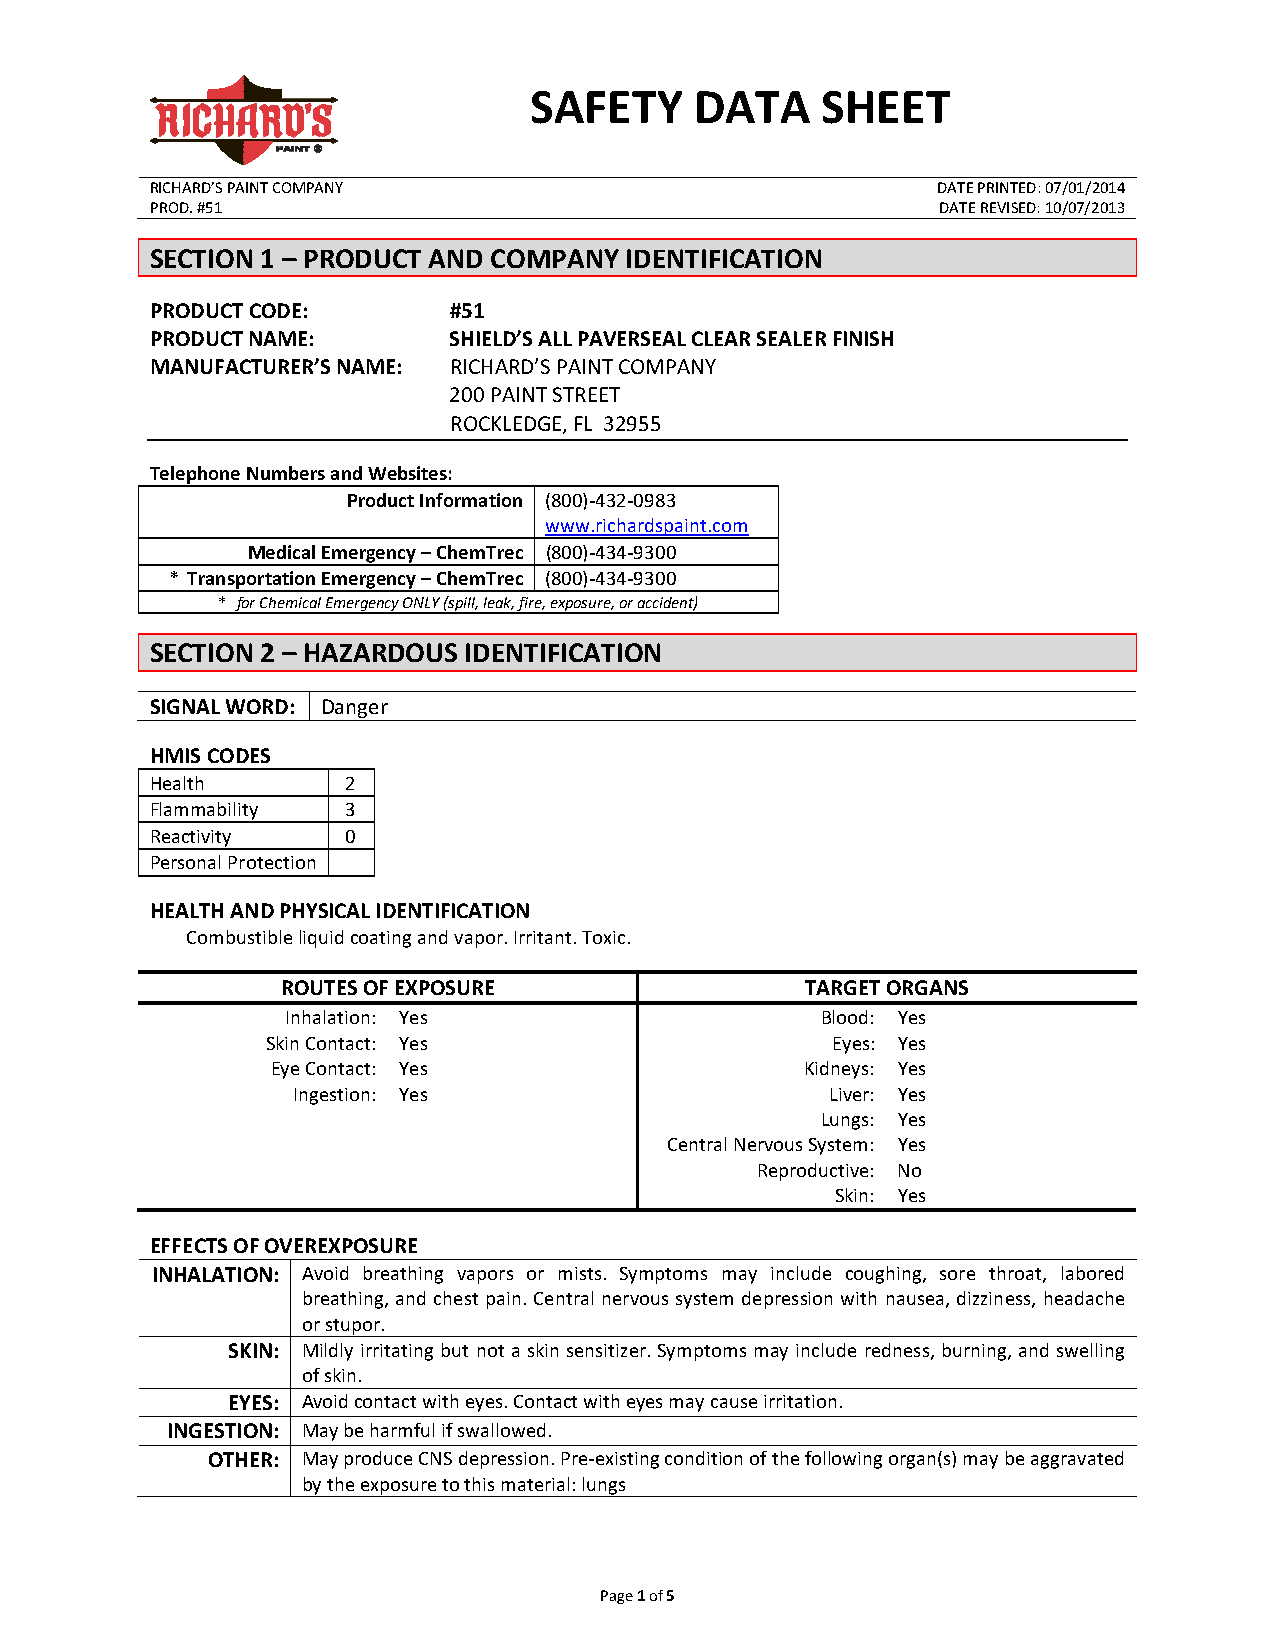
SAFETY     DATA    SHEET
 RICHARD’S PAINT COMPANY                             DATE PRINTED: 07/01/2014
 PROD. #51                                           DATE REVISED: 10/07/2013
 SECTION 1 – PRODUCT AND COMPANY IDENTIFICATION
 PRODUCT CODE:       #51
 PRODUCT NAME:       SHIELD’S ALL PAVERSEAL CLEAR SEALER FINISH
 MANUFACTURER’S NAME: RICHARD’S PAINT COMPANY
 200 PAINT STREET
 ROCKLEDGE, FL 32955
 Telephone Numbers and Websites:
 Product Information (800)-432-0983
 www.richardspaint.com
 Medical Emergency – ChemTrec (800)-434-9300
 * Transportation Emergency – ChemTrec (800)-434-9300
 * for Chemical Emergency ONLY (spill, leak, fire, exposure, or accident)
 SECTION 2 – HAZARDOUS IDENTIFICATION
 SIGNAL WORD: Danger
 HMIS CODES
 Health       2
 Flammability 3
 Reactivity   0
 Personal Protection
 HEALTH AND PHYSICAL IDENTIFICATION
 Combustible liquid coating and vapor. Irritant. Toxic.
 ROUTES OF EXPOSURE                TARGET ORGANS
 Inhalation: Yes                    Blood: Yes
 Skin Contact: Yes                    Eyes: Yes
 Eye Contact: Yes                   Kidneys: Yes
 Ingestion: Yes                      Liver: Yes
 Lungs: Yes
 Central Nervous System: Yes
 Reproductive: No
 Skin: Yes
 EFFECTS OF OVEREXPOSURE
 INHALATION: Avoid breathing vapors or mists. Symptoms may include coughing, sore throat, labored
 breathing, and chest pain. Central nervous system depression with nausea, dizziness, headache
 or stupor.
 SKIN: Mildly irritating but not a skin sensitizer. Symptoms may include redness, burning, and swelling
 of skin.
 EYES: Avoid contact with eyes. Contact with eyes may cause irritation.
 INGESTION: May be harmful if swallowed.
 OTHER: May produce CNS depression. Pre-existing condition of the following organ(s) may be aggravated
 by the exposure to this material: lungs
 Page 1 of 5